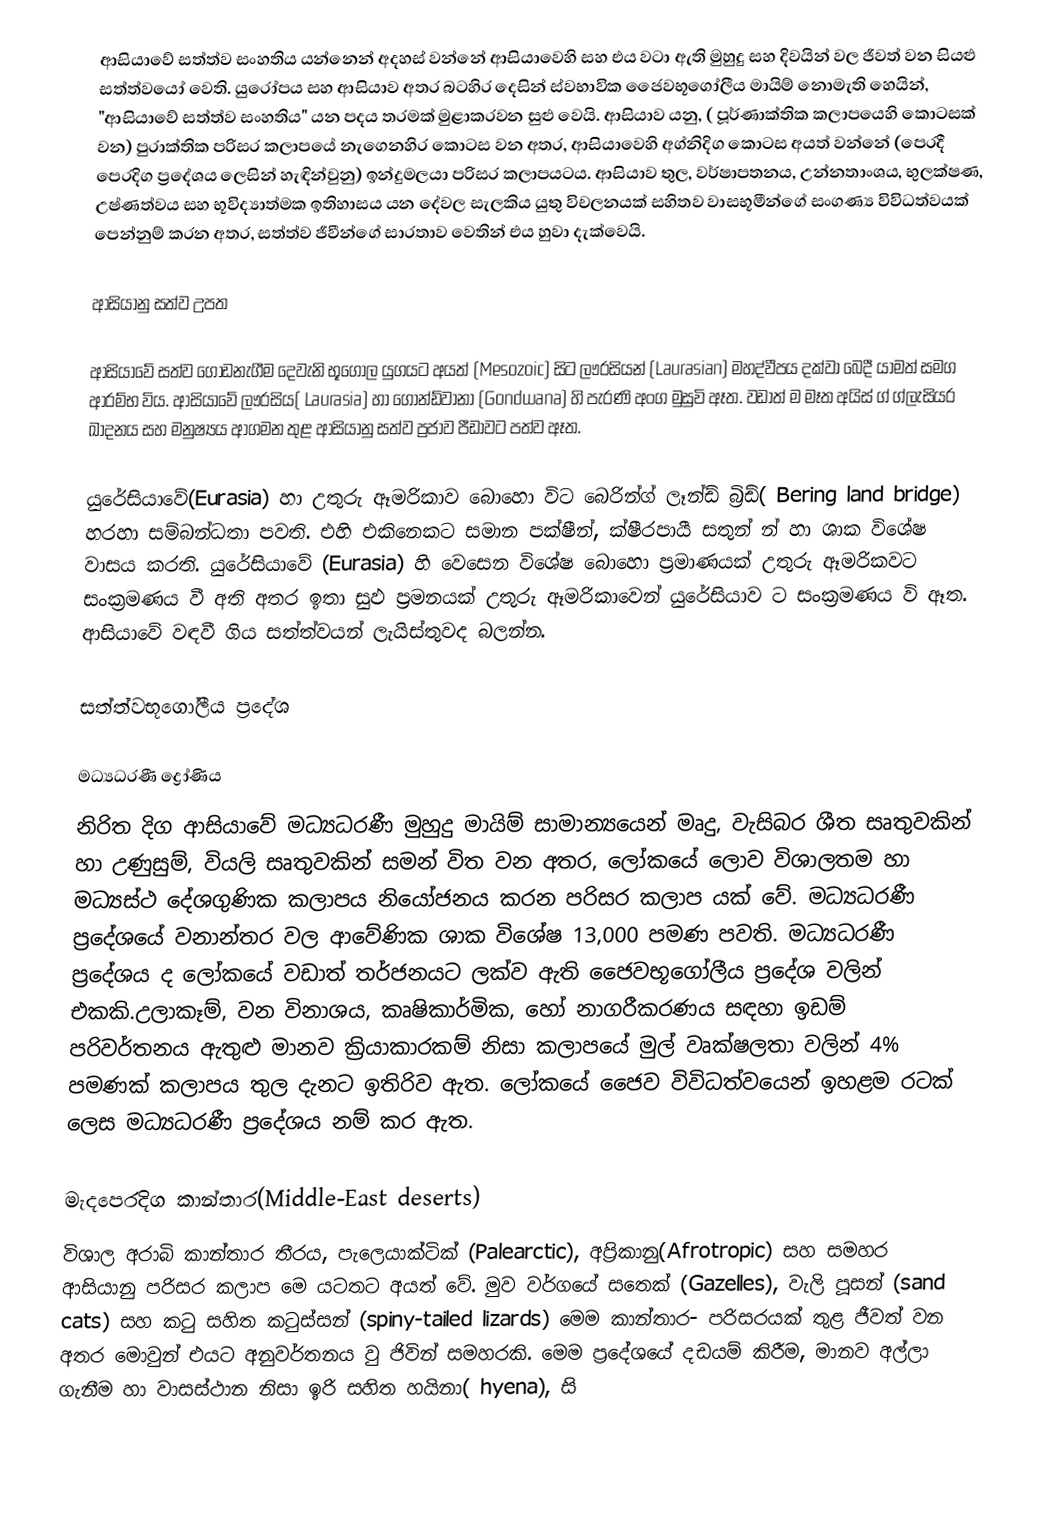
ආසියාවේ සත්ත්ව සංහතිය යන්නෙන් අදහස් වන්නේ  ආසියාවෙහි සහ එය වටා ඇති මුහුදු සහ දිවයින් වල ජීවත් වන සියළු සත්ත්වයෝ වෙති.    යුරෝපය සහ ආසියාව අතර  බටහිර දෙසින් ස්වභාවික ජෛවභූගෝලීය මායිම් නොමැති හෙයින්,  "ආසියාවේ සත්ත්ව සංහතිය" යන පදය තරමක්  මුළාකරවන සුළු වෙයි. ආසියාව යනු, ( පූර්ණාක්තික කලාපයෙහි කොටසක් වන) පුරාක්තික පරිසර කලාපයේ නැගෙනහිර කොටස වන අතර, ආසියාවෙහි අග්නිදිග කොටස අයත් වන්නේ (පෙරදී  පෙරදිග ප්‍රදේශය ලෙසින් හැඳින්වුනු)  ඉන්දුමලයා පරිසර කලාපයටය. ආසියාව තුල,  වර්ෂාපතනය, උන්නතාංශය, භුලක්ෂණ, උෂ්ණත්වය සහ භූවිද්‍යාත්මක ඉතිහාසය යන දේවල සැලකිය යුතු විචලනයක් සහිතව වාසභූමීන්ගේ සංගණ්‍ය විවිධත්වයක් පෙන්නුම් කරන අතර, සත්ත්ව ජීවීන්ගේ  සාරතාව වෙතින් එය හුවා දැක්වෙයි.

ආසියානු සත්ව උපත

ආසියාවේ සත්ව ගොඩනැගීම දෙවැනි භූගෝල යුගයට අයත් (Mesozoic) සිට ලෟරසියන් (Laurasian) මහද්වීපය දක්වා බෙදී යාමත් සමග ආරම්භ විය. ආසියාවේ ලෟරසිය( Laurasia) හා ගොන්ඩ්වානා (Gondwana) හි පැරණි  අංග මුසුවි ඈත. වඩාත් ම මෑත අයිස් ග් ග්ලැසියර ඛාදනය සහ මනුෂ්‍යය ආගමන තුළ ආසියානු සත්ව ප්‍රජාව පීඩාවට පත්ව ඈත.

යුරේසියාවේ(Eurasia) හා උතුරු ඈමරිකාව බොහො විට බෙරින්ග් ලෑන්ඩ් බ්‍රිඩ්( Bering land bridge) හරහා සම්බන්ධතා පවති. එහි එකිනෙකට සමාන පක්ෂීන්, ක්ෂීරපායී සතුන් න් හා ශාක විශේෂ වාසය කරති. යුරේසියාවේ (Eurasia) හි වෙසෙන විශේෂ බොහො ප්‍රමාණයක් උතුරු ඈමරිකවට සංක්‍රමණය වී අති අතර ඉතා සුඵ ප්‍රමනයක් උතුරු ඈමරිකාවෙන් යුරේසියාව ට සංක්‍රමණය වි ඈත.  ආසියාවේ වඳවී ගිය සත්ත්වයන් ලැයිස්තුවද බලන්න.

සත්ත්වභූගෝලීය ප්‍රදේශ

මධ්‍යධරණී ද්‍රෝණිය
නිරිත දිග ආසියාවේ මධ්‍යධරණී  මුහුදු මායිම් සාමාන්‍යයෙන් මෘදු, වැසිබර ශීත සෘතුවකින් හා උණුසුම්, වියලි සෘතුවකින් සමන් විත වන අතර, ලෝකයේ ලොව විශාලතම හා මධ්‍යස්ථ දේශගුණික කලාපය නියෝජනය කරන පරිසර කලාප යක් වේ. මධ්‍යධරණී ප්‍රදේශයේ වනාන්තර  වල ආවේණික ශාක විශේෂ 13,000 පමණ පවති. මධ්‍යධරණී ප්‍රදේශය ද ලෝකයේ වඩාත් තර්ජනයට ලක්ව ඇති ජෛවභූගෝලීය ප්‍රදේශ වලින් එකකි.උලාකෑම්, වන විනාශය, කෘෂිකාර්මික, හෝ නාගරීකරණය සඳහා ඉඩම් පරිවර්තනය ඇතුළු මානව ක්‍රියාකාරකම් නිසා කලාපයේ මුල් වෘක්ෂලතා  වලින් 4% පමණක්  කලාපය තුල දැනට ඉතිරිව ඇත. ලෝකයේ ජෛව විවිධත්වයෙන් ඉහළම රටක් ලෙස මධ්‍යධරණී ප්‍රදේශය නම් කර ඇත.

මැදපෙරදිග කාන්තාර(Middle-East deserts)
විශාල අරාබි කාන්තාර තීරය, පැලෙයාක්ටික්  (Palearctic), අප්‍රිකානු(Afrotropic) සහ සමහර ආසියානු පරිසර කලාප මෙ යටතට අයත් වේ. මුව වර්ගයේ සතෙක් (Gazelles), වැලි පූසන් (sand cats) සහ කටු සහිත කටුස්සන් (spiny-tailed lizards) මෙම කාන්තාර- පරිසරයක් තුළ ජීවත් වන අතර මොවුන් එයට අනුවර්තනය වු ජිවින් සමහරකි. මෙම ප්‍රදේශයේ දඩයම් කිරීම, මානව අල්ලා ගැනීම හා වාසස්ථාන නිසා ඉරි සහිත හයිනා( hyena), සි